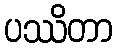
ပဿိတာ